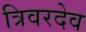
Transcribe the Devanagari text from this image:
त्रिवरदेव